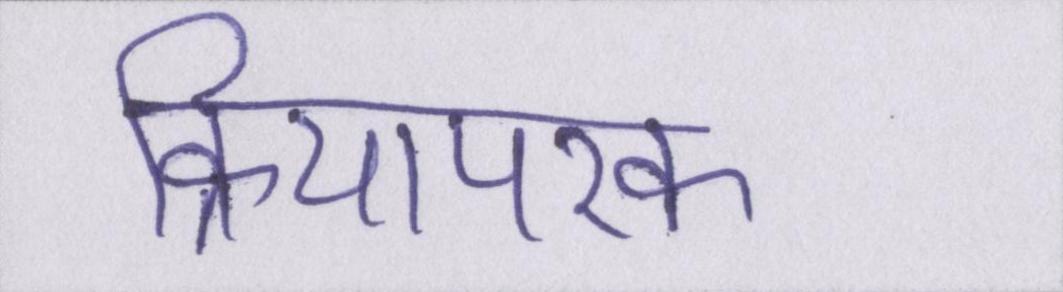
क्रियापरक